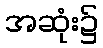
အဆုံး၌